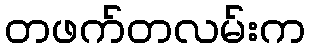
တဖက်တလမ်းက